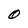
Character: O